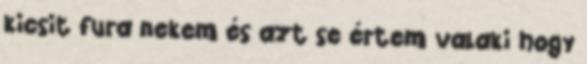
kicsit fura nekem és azt se értem valaki hogy